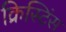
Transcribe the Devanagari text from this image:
क्रिस्टिंस